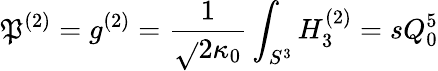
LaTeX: \mathfrak{P}^{(2)}=g^{(2)}=\frac{{1}}{{\sqrt{}{{2}}\kappa_{0}}}\int_{S^{3}}H_{3}^{(2)}=sQ_{0}^{5}